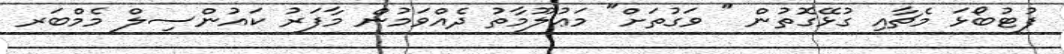
ފުޓުބޯޅަ މެޗާއި ގުޅޭގޮތުން " ވަގުތަށް" މަޢުލޫމާތު ދެއްވަމުން މާފަރު ކައުންސިލް މެމްބަރ